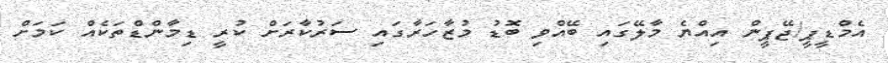
އެމްޑީޕީ/ޖޭޕީން އިއްޔެ މާލޭގައި ބޭއްވި ބޮޑު މުޒާހަރާގައި ސަރުކާރަށް ކުރީ ޑިމާންޑްތަކެއް ކަމަށް